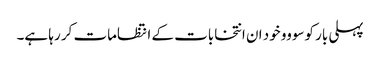
پہلی بار کوسووو خود ان انتخابات کے انتظامات کر رہا ہے۔